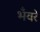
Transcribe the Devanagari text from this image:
भँवरे